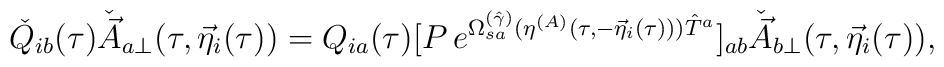
\check{Q}_{ib}(\tau )\check{\vec{A}}_{a\perp}(\tau ,{\vec \eta}_i(\tau ))=Q_{ia}(\tau )[P\, e^{\Omega^{(\hat \gamma )}_{sa}(\eta^{(A)}(\tau ,-{\vec \eta}_i(\tau ))) {\hat T}^a}]_{ab}\check{\vec{A}}_{b\perp}(\tau ,{\vec \eta}_i(\tau )),